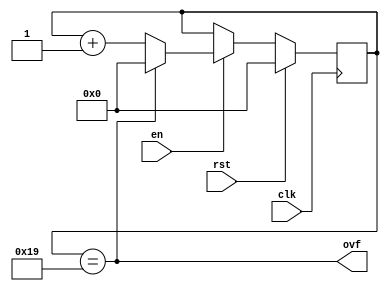
(* generator = "Amaranth" *)
module top(clk, rst, en, ovf);
  (* src = "<amaranth-root>/amaranth/hdl/ir.py:526" *)
  input clk;
  (* src = "<amaranth-root>/amaranth/hdl/ir.py:526" *)
  input rst;
  (* src = "up_counter.py:26" *)
  input en;
  (* src = "up_counter.py:27" *)
  output ovf;
  (* src = "up_counter.py:30" *)
  reg [15:0] count = 16'h0000;
  (* src = "up_counter.py:30" *)
  reg [15:0] \count$next ;
  (* src = "up_counter.py:35" *)
  wire \$1 ;
  (* src = "up_counter.py:41" *)
  wire [16:0] \$3 ;
  (* src = "up_counter.py:41" *)
  wire [16:0] \$4 ;
  assign \$1  = count == (* src = "up_counter.py:35" *) 5'h19;
  assign \$4  = count + (* src = "up_counter.py:41" *) 1'h1;
  always @(posedge clk)
      count <= \count$next ;
  always @* begin
    \count$next  = count;
    (* src = "up_counter.py:37" *)
    casez (en)
      /* src = "up_counter.py:37" */
      1'h1:
          (* src = "up_counter.py:38" *)
          casez (ovf)
            /* src = "up_counter.py:38" */
            1'h1:
                \count$next  = 16'h0000;
            /* src = "up_counter.py:40" */
            default:
                \count$next  = \$3 [15:0];
          endcase
    endcase
    (* src = "<amaranth-root>/amaranth/hdl/xfrm.py:518" *)
    casez (rst)
      1'h1:
          \count$next  = 16'h0000;
    endcase
  end
  assign \$3  = \$4 ;
  assign ovf = \$1 ;
endmodule